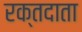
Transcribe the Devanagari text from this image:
रक्‍तदाता